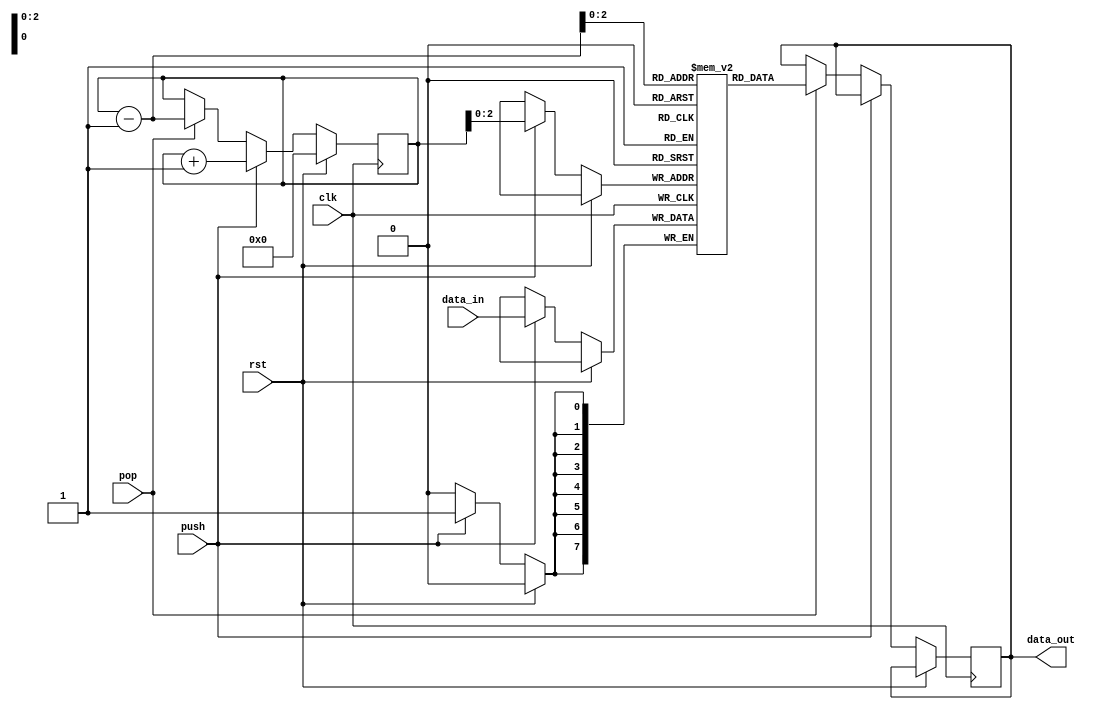
module lifo_stack (
    input wire clk,
    input wire rst,
    input wire push,
    input wire pop,
    input wire [7:0] data_in,
    output reg [7:0] data_out
);

reg [7:0] stack [7:0]; // stack data structure with 8 elements

reg [3:0] top; // pointer to top of the stack

always @(posedge clk) begin
    if (rst) begin
        top <= 0;
    end else begin
        if (push) begin
            stack[top] <= data_in;
            top <= top + 1;
        end else if (pop) begin
            data_out <= stack[top - 1];
            top <= top - 1;
        end
    end
end

endmodule